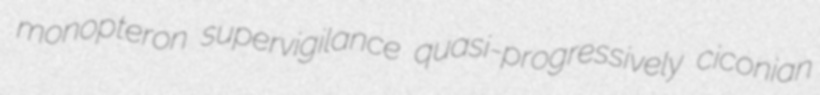
monopteron supervigilance quasi-progressively ciconian